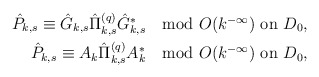
\begin{align*} \mbox{$\hat P_{k,s}\equiv\hat G_{k,s}\hat\Pi^{(q)}_{k,s}\hat G^*_{k,s}\mod O(k^{-\infty})$ on $D_0$},\\\mbox{$\hat P_{k,s}\equiv A_k\hat\Pi^{(q)}_{k,s}A^*_{k}\mod O(k^{-\infty})$ on $D_0$},\end{align*}